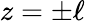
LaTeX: z=\pm\ell